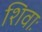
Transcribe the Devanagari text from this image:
शिवाः